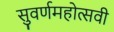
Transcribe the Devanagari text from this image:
सुवर्णमहोत्‍सवी